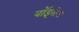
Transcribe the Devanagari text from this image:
वॉइसेस